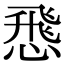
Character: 𢝵